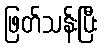
ဖြတ်သန်းပြီး